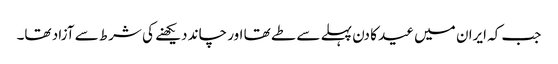
جب کہ ایران میں عید کا دن پہلے سے طے تھا اور چاند دیکھنے کی شرط سے آزاد تھا۔